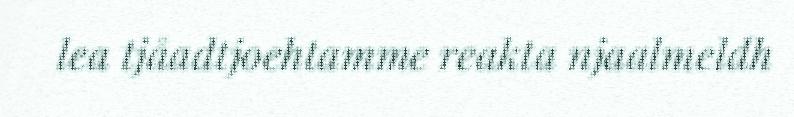
lea tjåadtjoehtamme reakta njaalmeldh